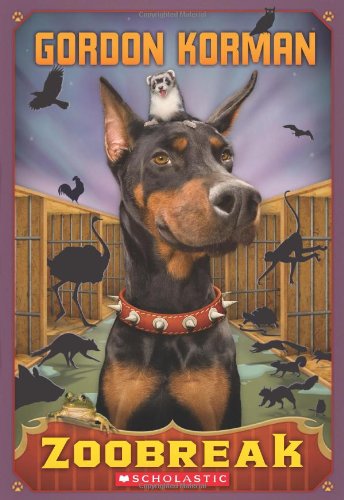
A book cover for Zoobreak (Swindle); Gordon Korman; Children's Books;